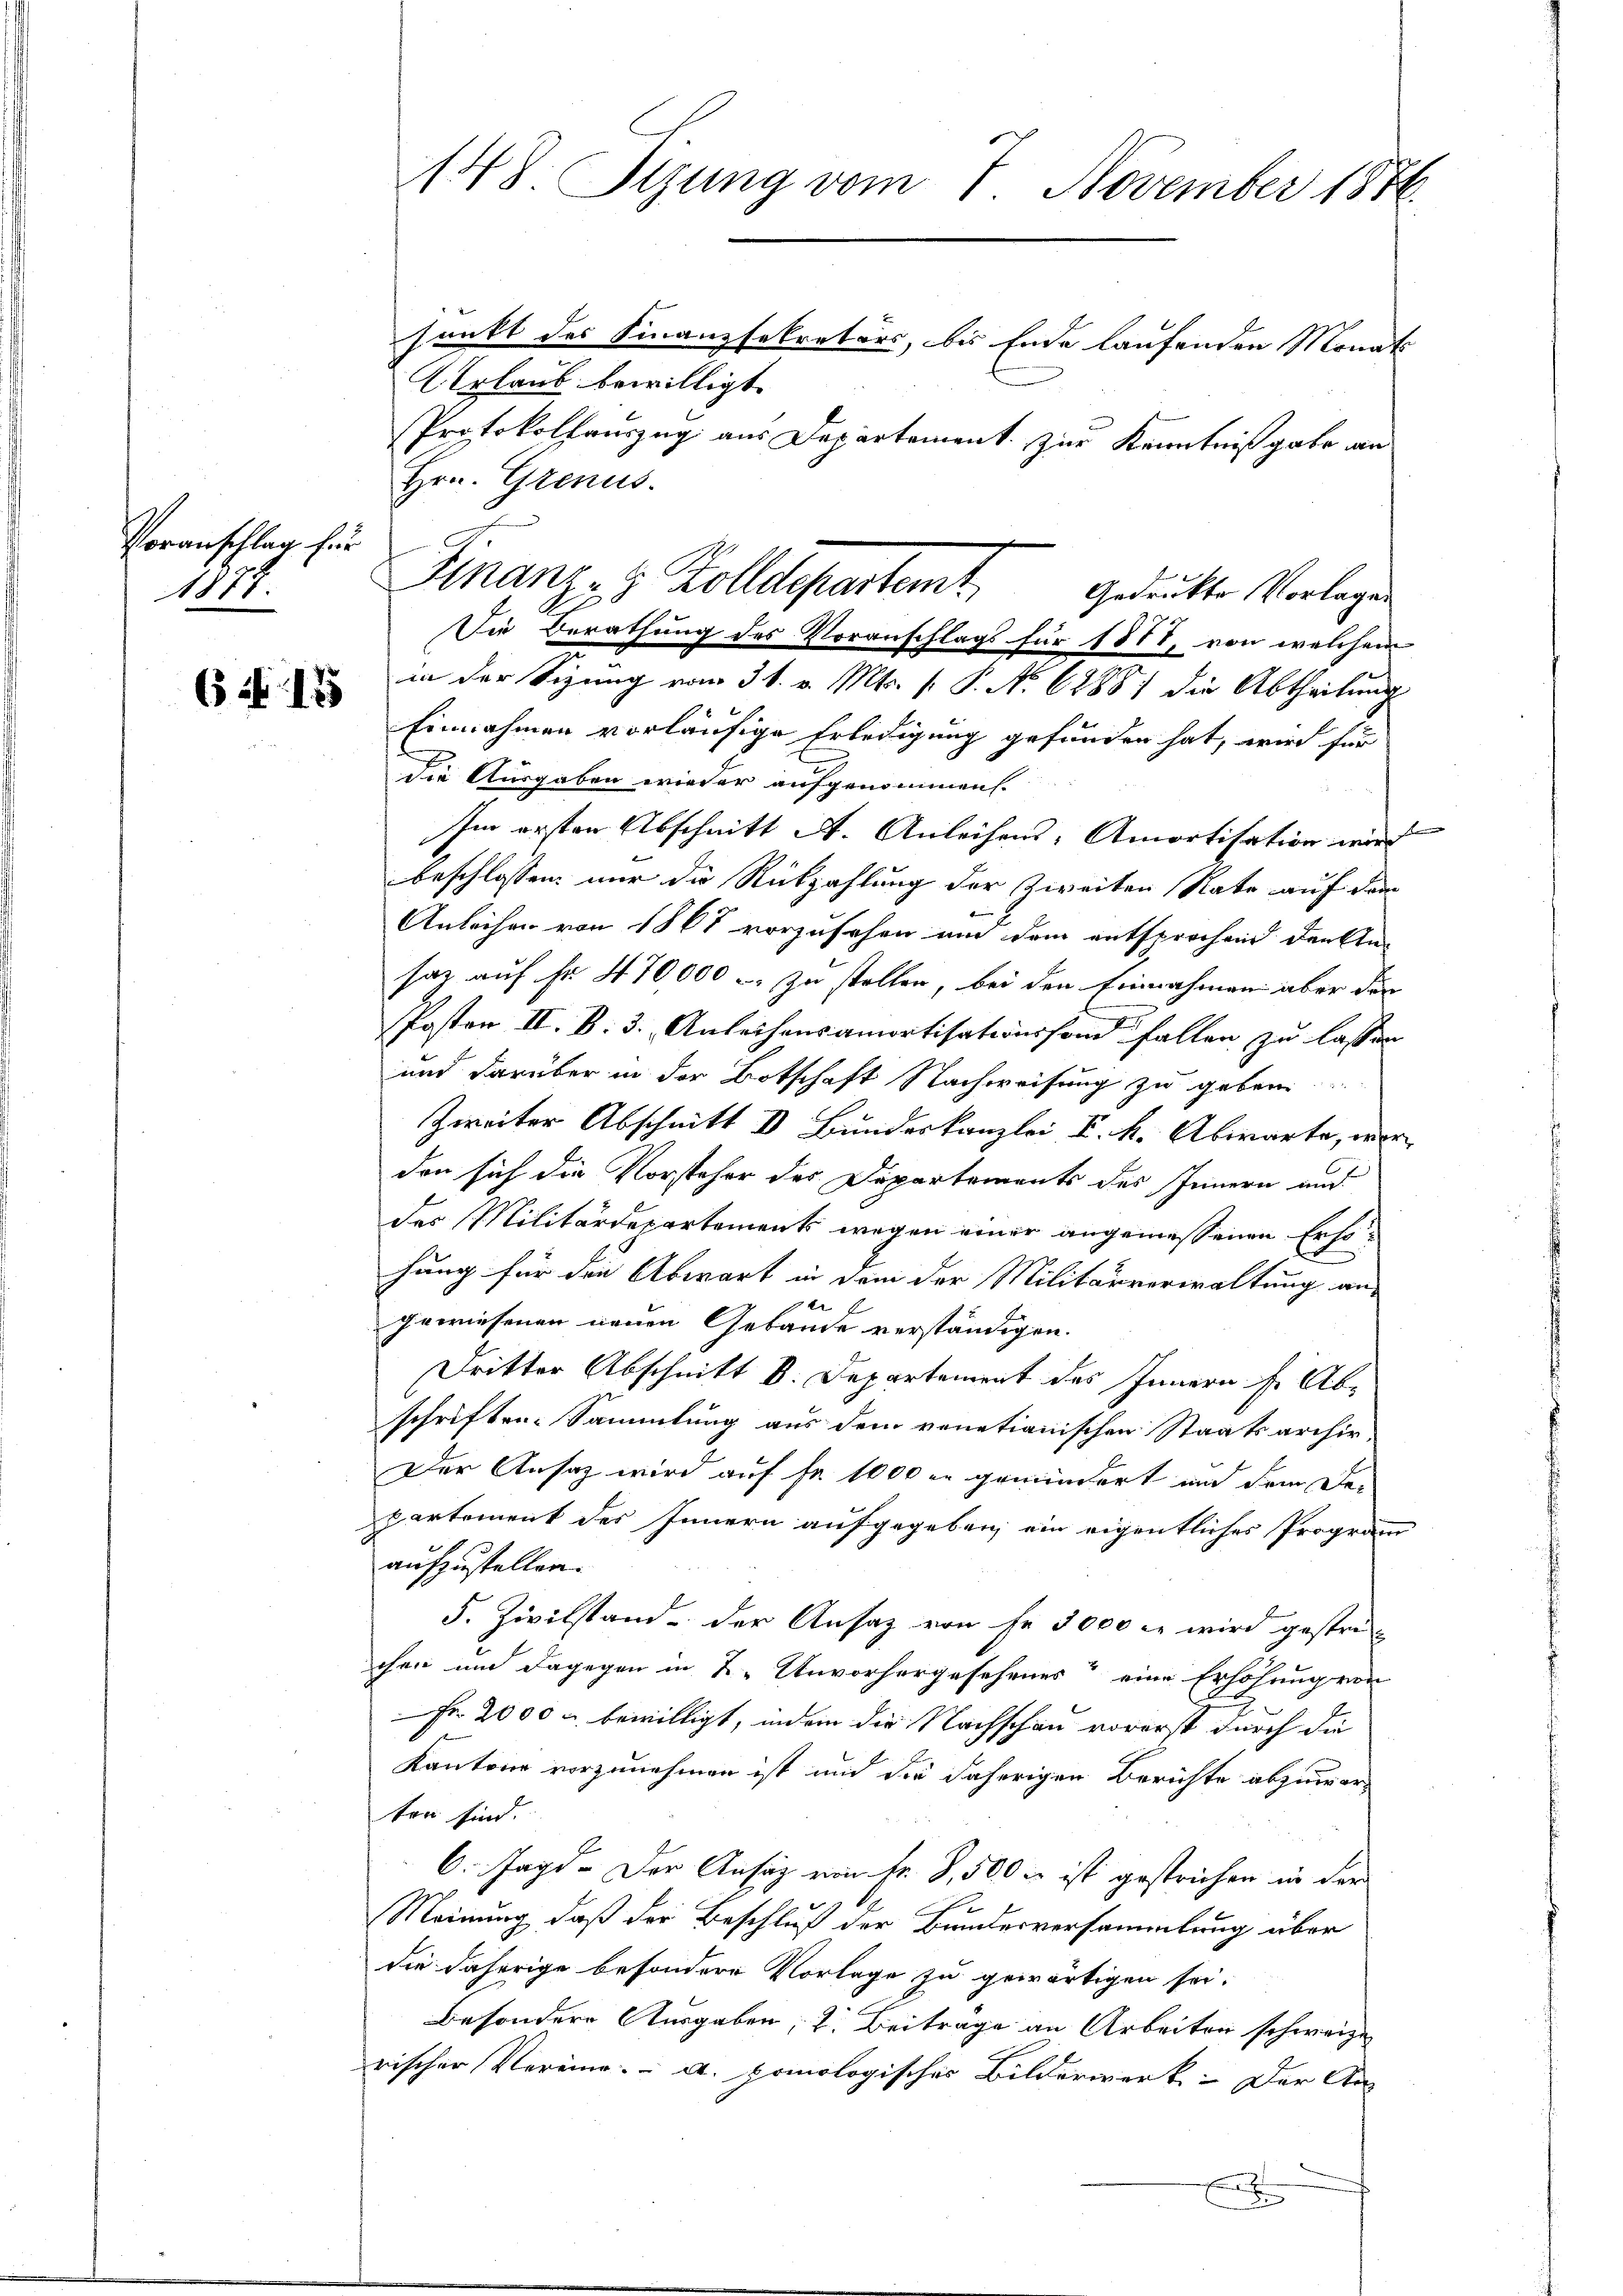
Voranschlag für
1878.

6 f 135

148. Sizung vom 7. November 1876.
sankt des Finanzsekretärs, bis Ende laufenden Monats

Urlaub bewilligt.
Protokollauszug aus Departement. Zur Kenntnißgabe an
Hrn. Grenus.
in der Sizung vom 31. v. Mts. [ P. No 68881 die Abtheilung
Einnahmen vorläufige Erledigung gefunden hat, wird für
die Ausgaben wieder aufgenommen.
Im ersten Abschnitt A. Anleihens- Amortisation wird
beschlossen, nur die Rückzahlung der Zweiten Rate auf dem
Anleihen von 1865 vorzusehen und dem entsprochend denkten
saz auf fr. 470,000 - zu stellen, bei den Einnahmen aber den
Posten II. B. 3. Anleihensamortisationsfond fallen zu lassen
und darüber in der Botschaft Nachweisung zu geben
Zweiter Abschnitt I Bundeskanzlei V. k. Abwarte, wir
den sich die Vorsteher des Departements des Innern und
des Militärdepartements wegen einer angemessenen Ersohung für die Abwart in dem der Militärverwaltung an-
E
gewiesenen neuen Gebäude verständigen.
Dritter Abschnitt b. Departement des Innern s. Abschriften. Sammlung aus dem venetianischen Staatsarchiv
Der Ansaz wird auf fr. 1000 in gemindert und dem Departement des Innern aufgegeben ein eigentliches Program
aufzustellen.
5. Zivilstand der Ansaz von Fr. 3000 c. wird gestrichen und dagegen in 2. Unvorhergesehenes“ eine Erhöhung von
Fr. 2000 u. bewilligt, indem die Nachschau vorerst durch die
Kantone vorzunehmen ist und die daherigen Berichte abzuwarten sind.
6. Jagd- Der Ansäz von Fr. G,500 & ist gestrichen in der
Meinung, daß der Beschluß der Bundesversammlung über
die daherige besondere Vorlage zu gewärtigen sei.
besondere Ausgaben, 2. Beitrage an Arbeiten schweize
rischer Vereine. - a. pomologisches Bilderwerk- Der An
x

Finanz- & Zolldepartemt
Gedrukte Vorlagen
Die Berathung des Voranschlags für 1877, von welchem